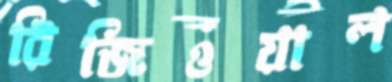
রিজিওয়াল